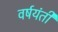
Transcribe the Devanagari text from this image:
वर्षयंती